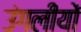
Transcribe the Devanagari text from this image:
उंगलीयों